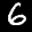
Label: 6